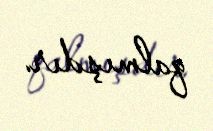
qalmışdır.